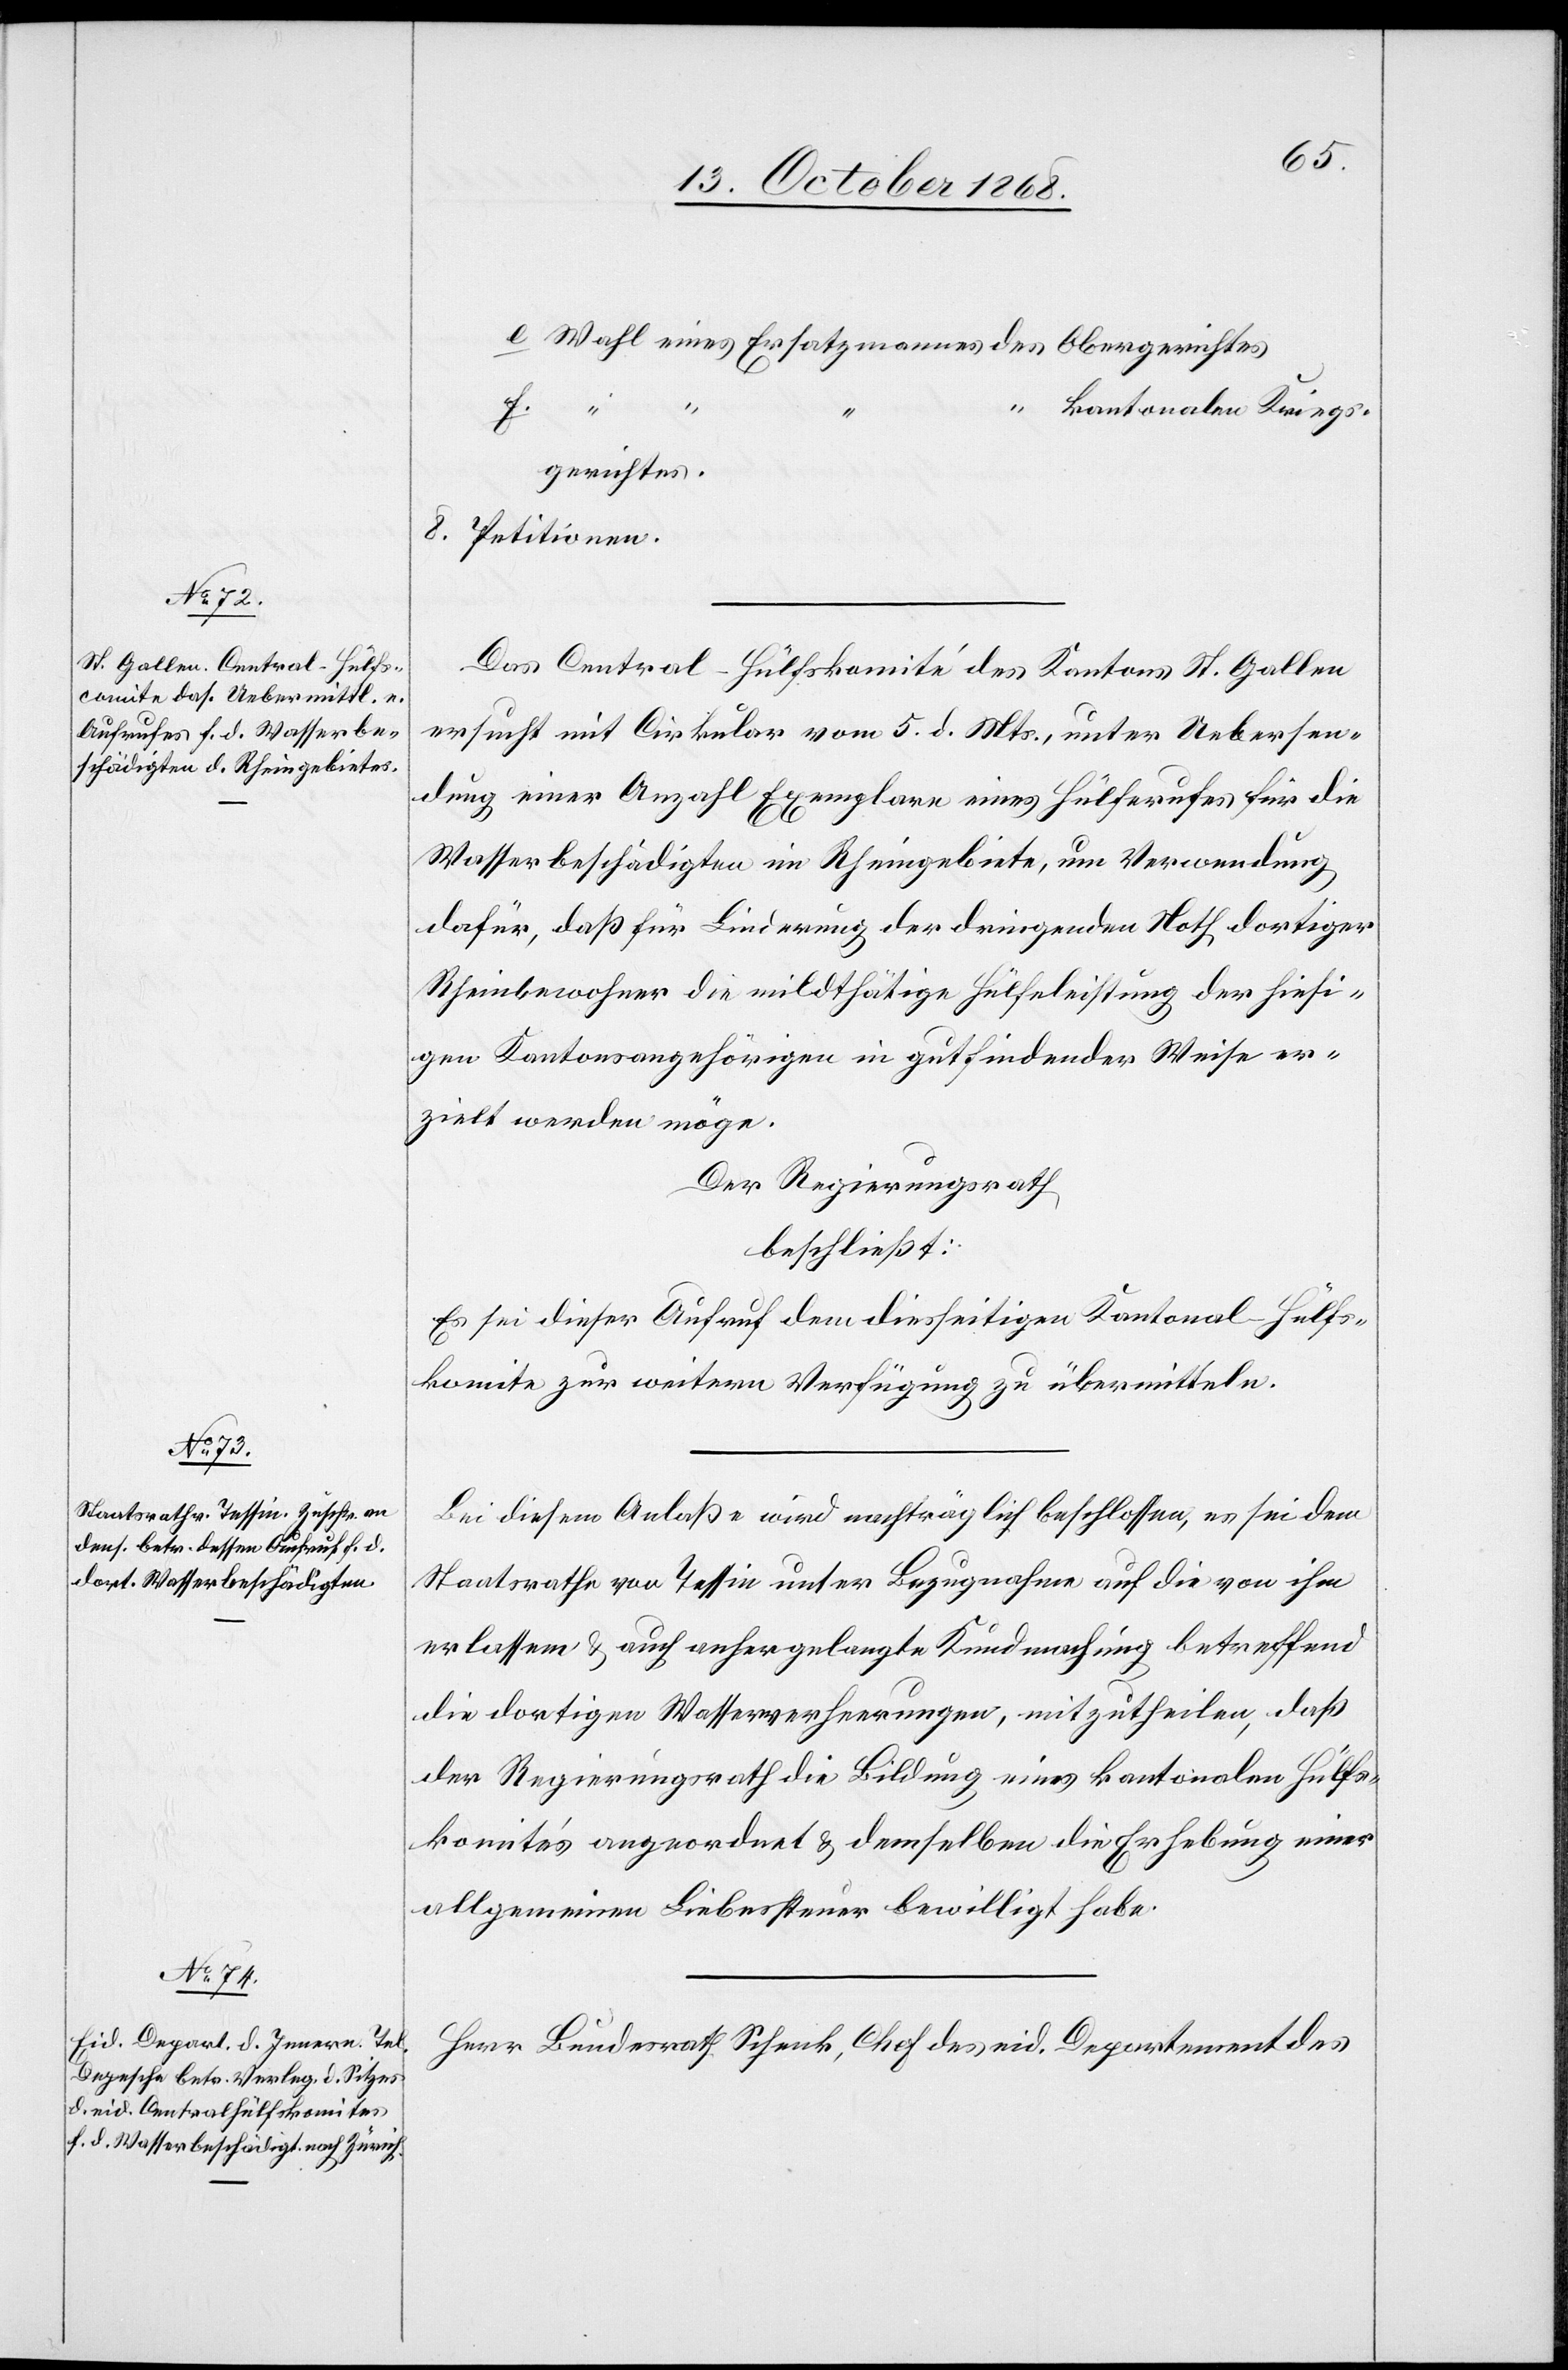
Wahl eines Ersatzmannes des Obergerichtes
8.
f.
“ kantonalen Kriegs¬
gerichtes.
Petitionen.
Das Central-Hülfskomité des Kantons St. Gallen
ersucht mit Cirkular vom 5. d. Mts., unter Uebersen¬
dung einer Anzahl Exemplare eines Hülferufes für die
Wasserbeschädigten im Rheingebiete, um Verwendung
dafür, daß für Linderung der dringenden Noth dortiger
Rheinbewohner die mildthätige Hülfeleistung der hiesi¬
gen Kantonsangehörigen in gutfindender Weise er¬
zielt werden möge.
Der Regierungsrath
beschließt:
Es sei dieser Aufruf dem diesseitigen Kantonal-Hülfs¬
komite zur weitern Verfügung zu übermitteln.
Bei diesem Anlaße wird nachträglich beschlossen, es sei dem
Staatsrathe von Tessin unter Bezugnahme auf die von ihm
erlassene & auch anhergelangte Kundmachung betreffend
die dortigen Wasserverheerungen, mitzutheilen, daß
der Regierungsrath die Bildung eines kantonalen Hülfs¬
komités angeordnet & demselben die Erhebung einer
allgemeinen Liebessteuer bewilligt habe.
Herr Bundesrath Schenk, Chef des eid. Departement des